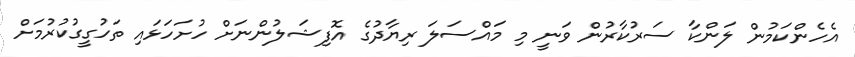
އެހެންކަމުން ލަންކާ ސަރުކާރުން ވަނީ މި މައްސަލަ ރިޔާދުގެ އޮފިޝަލުންނަށް ހުށަހަޅައި ތަހުގީގުކުރުމަށް